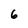
Character: 6